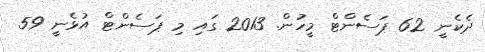
ދެކެނީ 62 ޕަސެންޓް މީހުން. 2013 ގައި މި ޕަސެންޓް އުޅެނީ 59